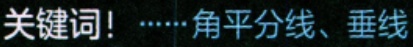
关键词！······角平分线、垂线